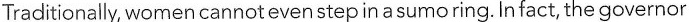
Traditionally, womencannot even stepin asumo ring. In fact, the governor